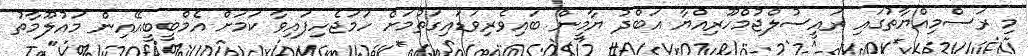
މި ރަސްމިއްޔާތުގައި ރައީސުލްޖުމްހޫރިއްޔާ އަބްދު ޔާމީން ބައިވެރިވަޑައިގަތުމަށް ހަމަޖެހިފައިވާ ކަމަށް އެމްބީބީއޭއިން މައުލޫމާތު